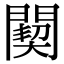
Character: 䦬